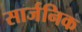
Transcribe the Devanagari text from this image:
सार्जनिक